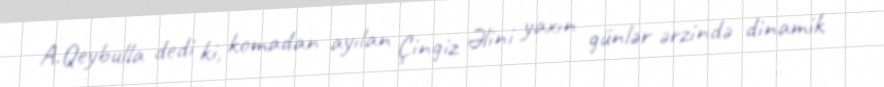
A.Qeybulla dedi ki, komadan ayılan Çingiz Əlini yaxın günlər ərzində dinamik